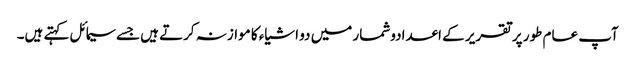
آپ عام طور پر تقریر کے اعدادوشمار میں دو اشیاء کا موازنہ کرتے ہیں جسے سیمائل کہتے ہیں۔